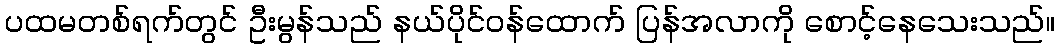
ပထမတစ်ရက်တွင် ဦးမွန်သည် နယ်ပိုင်ဝန်ထောက် ပြန်အလာကို စောင့်နေသေးသည်။